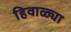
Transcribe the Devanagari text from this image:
हिवाळ्या